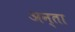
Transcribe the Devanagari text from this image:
अन्ता